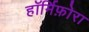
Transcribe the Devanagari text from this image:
हॉर्मिफ़ोरा